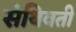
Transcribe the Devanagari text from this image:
संथिवती